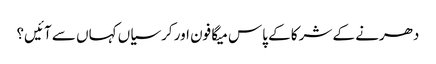
دھرنے کے شرکا کے پاس میگا فون اور کرسیاں کہاں سے آئیں؟